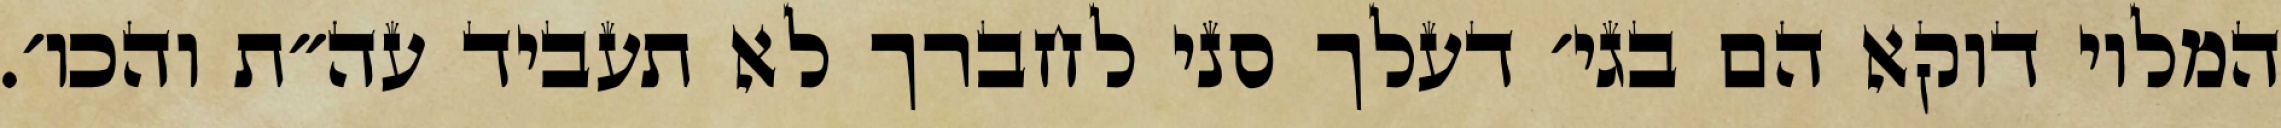
המלוי דוקא הם בגי׳ דעלך סני לחברך לא תעביד עה״ת והכו׳.